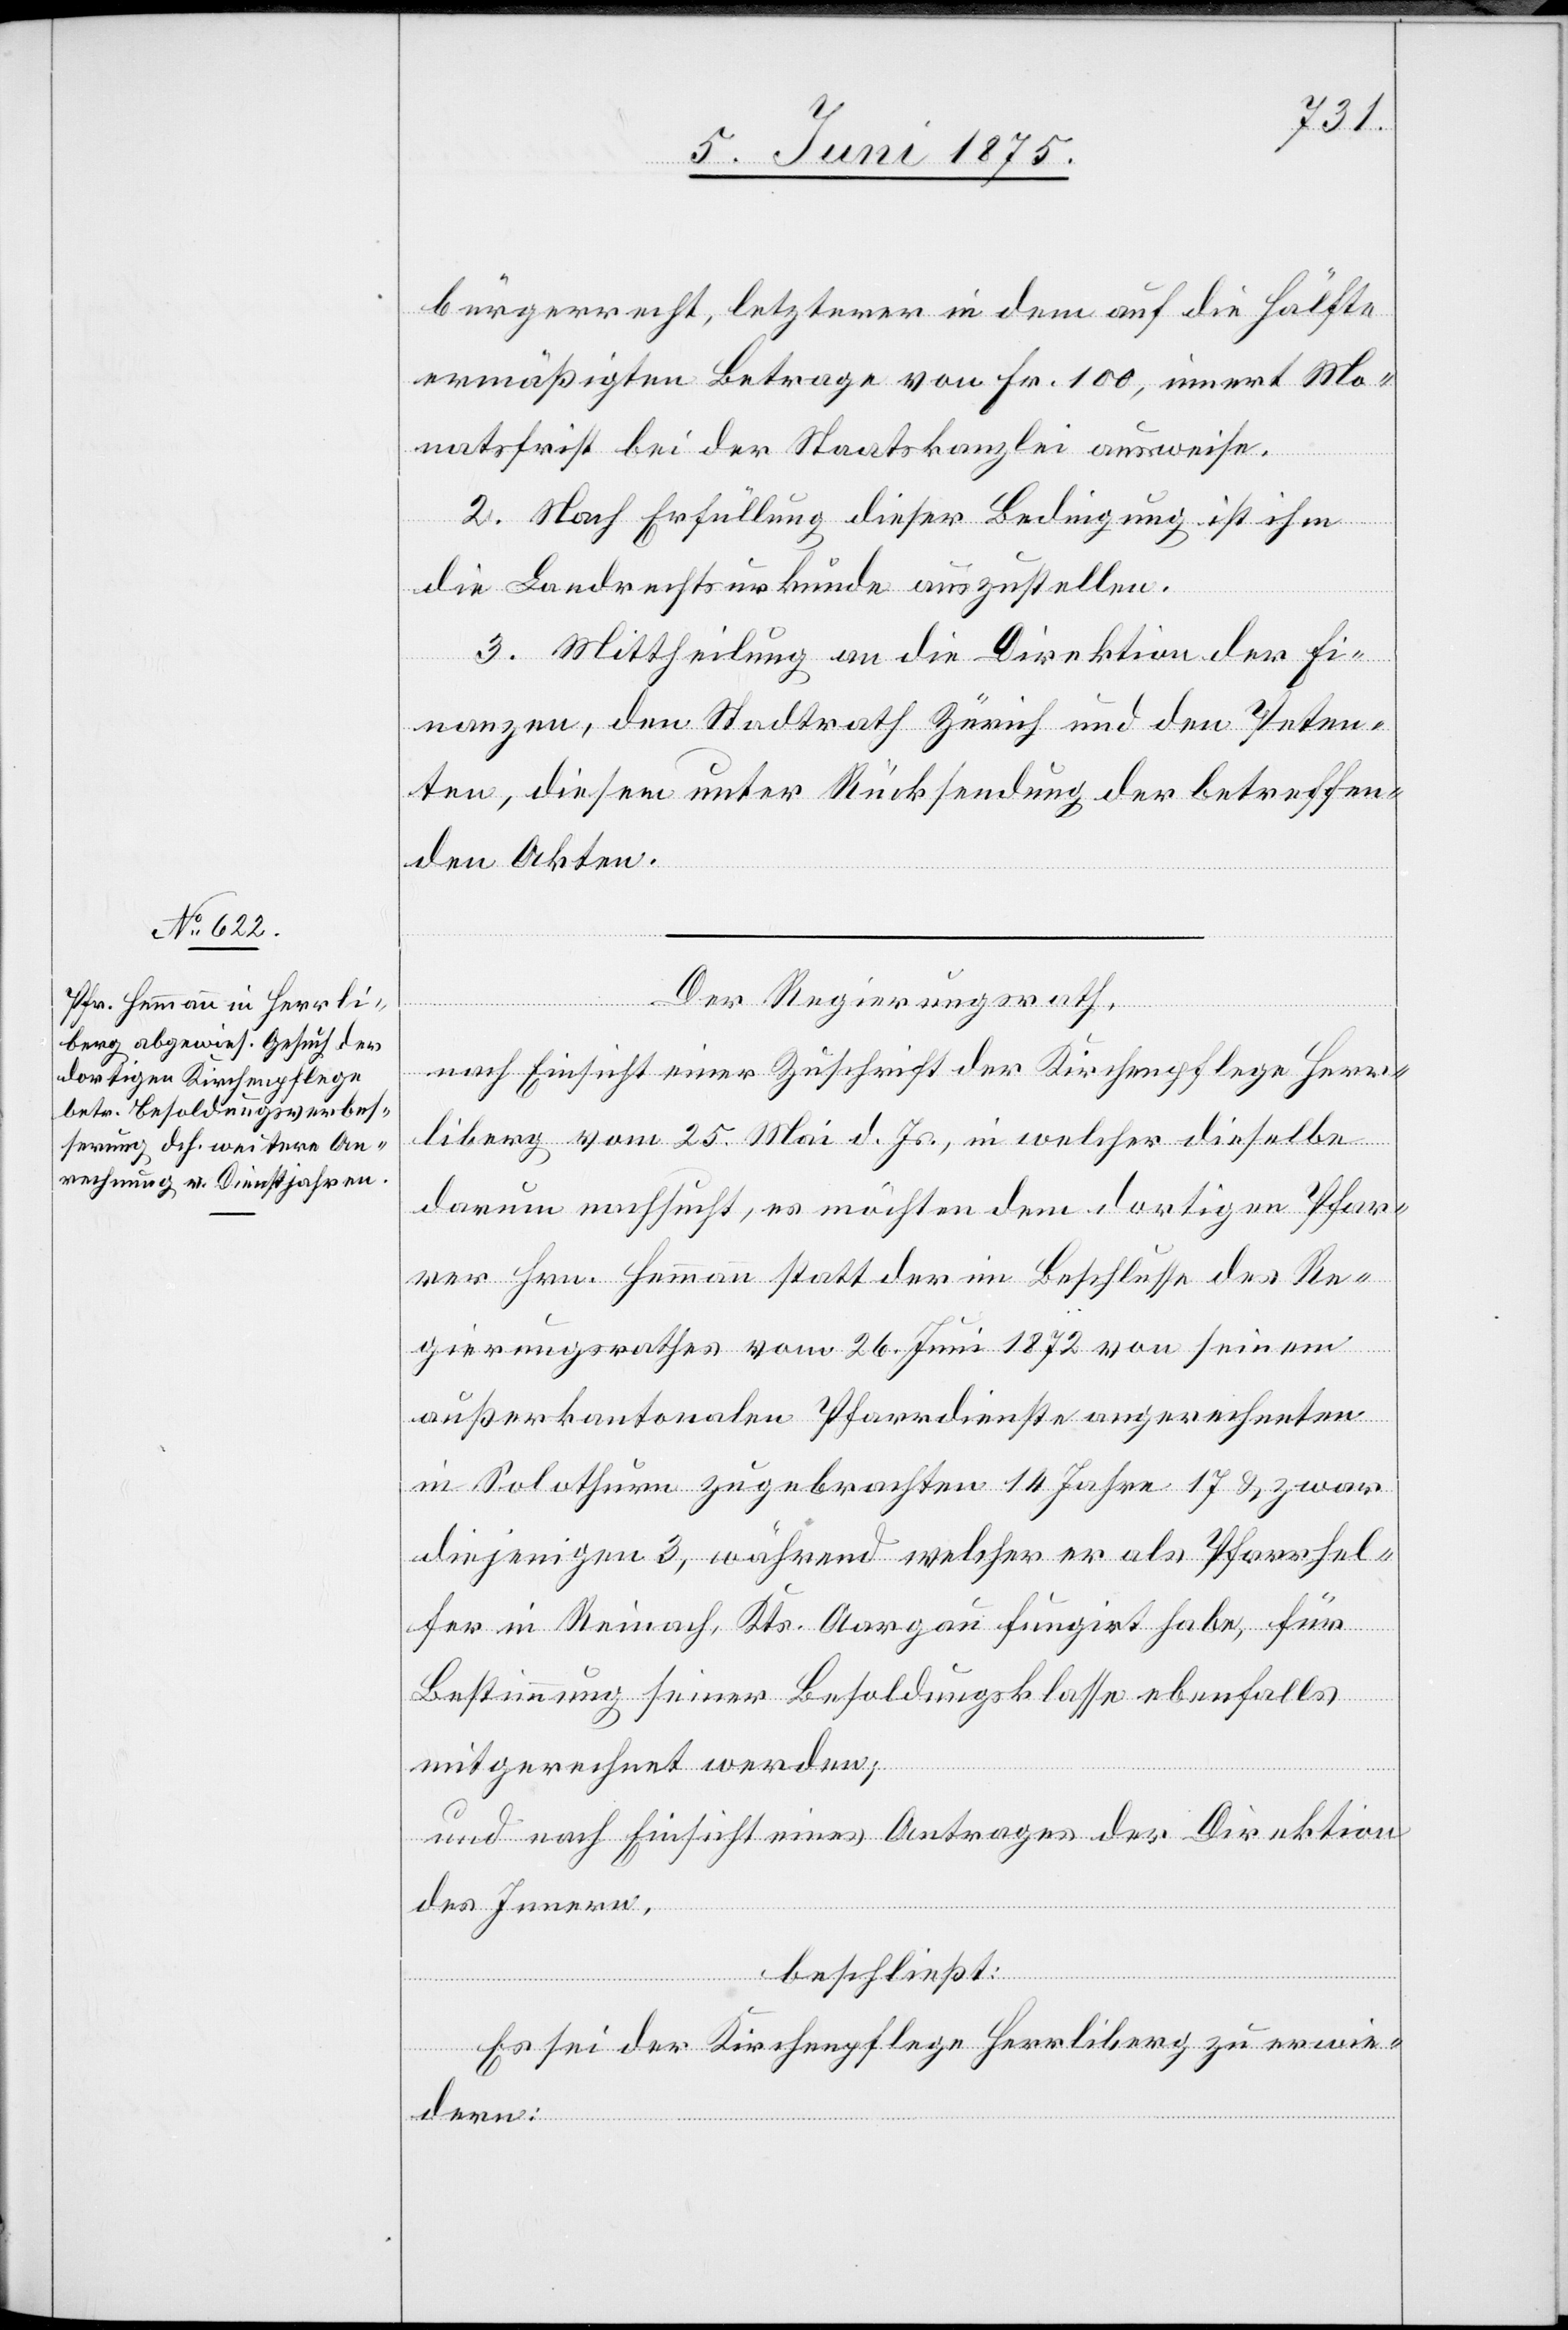
bürgerrecht, letzterer in dem auf die Hälfte
ermäßigten Betrage von Fr. 100, innert Mo¬
natsfrist bei der Staatskanzlei ausweise.
2. Nach Erfüllung dieser Bedingung ist ihm
die Landrechtsurkunde auszustellen.
3. Mittheilung an die Direktion der Fi¬
nanzen, den Stadtrath Zürich und den Peten¬
ten, diesem unter Rücksendung der betreffen¬
den Akten.
Der Regierungsrath,
nach Einsicht einer Zuschrift der Kirchenpflege Herr¬
liberg vom 25. Mai d. Js., in welcher dieselbe
darum nachsucht, es möchten dem dortigen Pfar¬
rer Hrn. Hemmann statt der im Beschlusse des Re¬
gierungsrathes vom 26. Juni 1872 von seinem
außerkantonalen Pfarrdienste angerechneten
in Solothurn zugebrachten 14 Jahre 17 & zwar
diejenigen 3, während welcher er als Pfarrhel¬
fer in Reinach, Kts. Aargau fungirt habe, für
Bestimmung seiner Besoldungsklasse ebenfalls
mitgerechnet werden,
und nach Einsicht eines Antrages der Direktion
des Innern,
beschließt:
Es sei der Kirchenpflege Herrliberg zu erwie¬
dern: